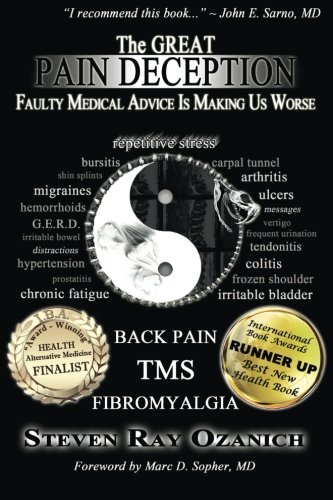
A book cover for The Great Pain Deception: Faulty Medical Advice Is Making Us Worse; Steven Ray Ozanich; Health, Fitness & Dieting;